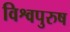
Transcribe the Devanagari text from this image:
विश्वपुरुष